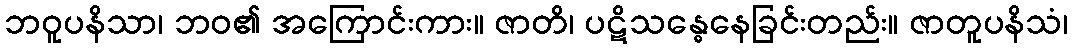
ဘဝူပနိသာ၊ ဘဝ၏ အကြောင်းကား။ ဇာတိ၊ ပဋိသန္ဓေနေခြင်းတည်း။ ဇာတူပနိသံ၊